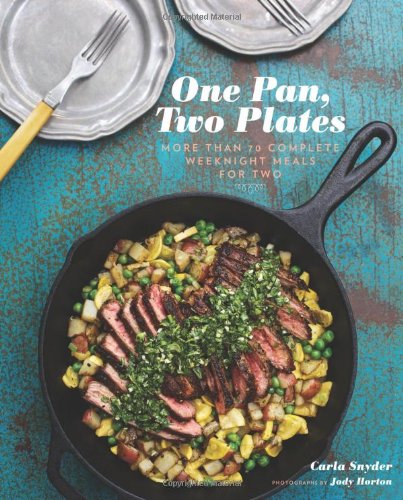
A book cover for One Pan, Two Plates: More Than 70 Complete Weeknight Meals for Two; Carla Snyder; Cookbooks, Food & Wine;